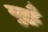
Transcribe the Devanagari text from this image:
युद्धौं